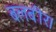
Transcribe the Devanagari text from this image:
बलबीर।